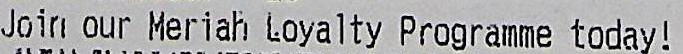
JOIN OUR MERIAH LOYALTY PROGRAMME TODAY!